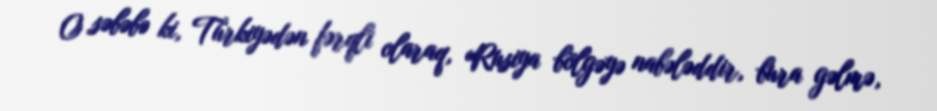
O səbəbə ki, Türkiyədən fərqli olaraq, Rusiya bölgəyə nabələddir, bura gəlmə,